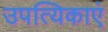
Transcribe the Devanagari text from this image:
उपत्यिकाएं